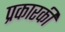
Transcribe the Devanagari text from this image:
प्रकारकी